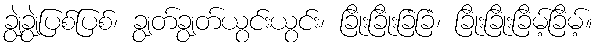
ချွဲချွဲပြစ်ပြစ်၊ ချွတ်ချွတ်ယွင်းယွင်း၊ ခြိုးခြိုးခြံခြံ၊ ခြိုးခြိုးခြိမ့်ခြိမ့်။